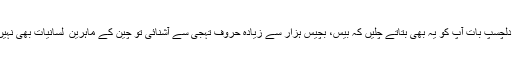
یہاں ایک دلچسپ بات آپ کو یہ بھی بتاتے چلیں کہ بیس، بچیس ہزار سے زیادہ حروفِ تہجی سے آشنائی تو چین کے ماہرین ِ لسانیات بھی نہیں رکھتے۔